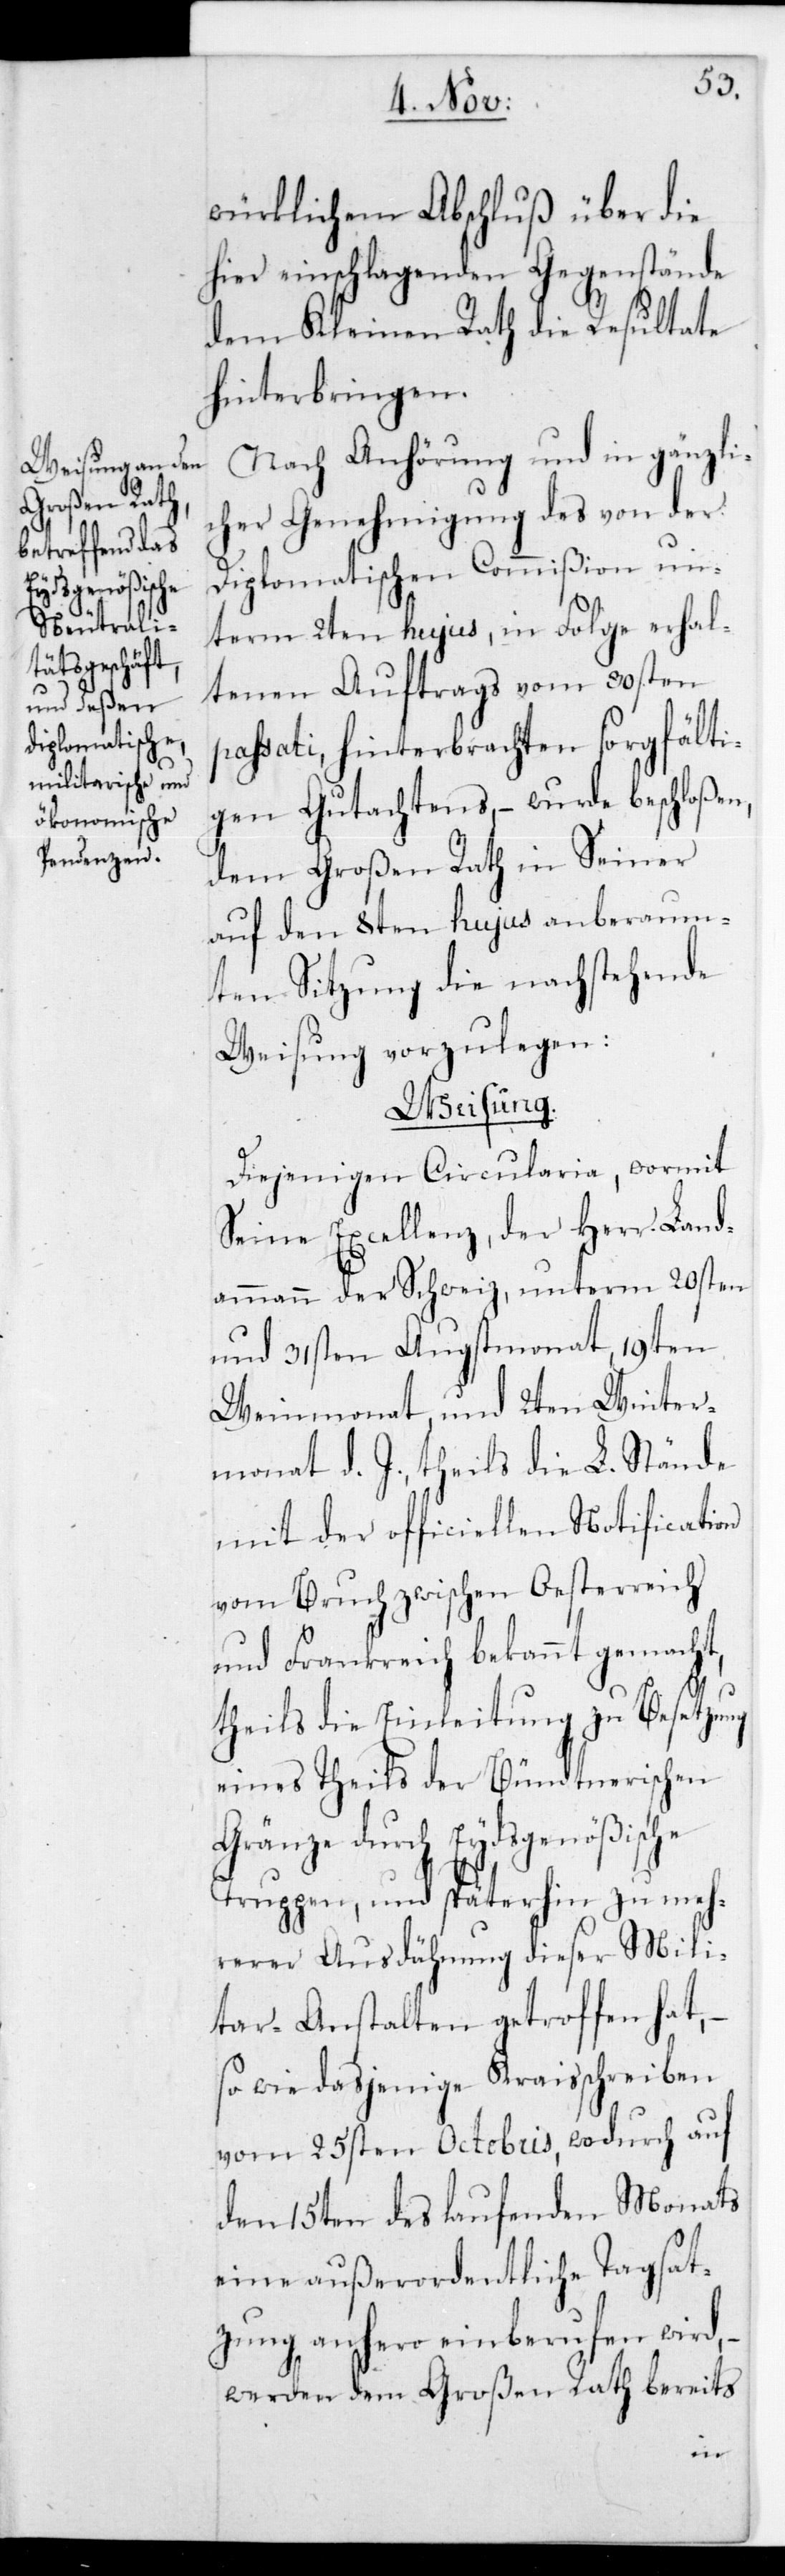
würklichem Abschluß über die
hier einschlagenden Gegenstände
dem Kleinen Rath die Resultate
hinterbringen.
Nach Anhörung und in gänzli¬
cher Genehmigung des von der
Diplomatischen Commißion un¬
term 2ten hujus in Folge erhal¬
tenen Auftrags vom 30sten
passati, hinterbrachten sorgfälti¬
gen Gutachtens, – wurde beschloßen,
dem Großen Rath in Seiner
auf den 8ten hujus anberaum¬
ten Sitzung die nachstehende
Weisung vorzulegen:
Weisung.
Diejenigen Circularia, wormit
Seine Excellenz, der Herr Land¬
ammann der Schweiz, unterm 20sten
und 31sten Augstmonat, 19ten
Weinmonat und 2ten Winter¬
monat d. J., theils die L. Stände
mit der officiellen Notification
vom Bruch zwischen Oesterreich
und Frankreich bekannt gemacht,
theils die Einleitung zu Besetzung
eines Theils der Bündtnerischen
Gränze durch Eydsgenößische
Truppen, und späterhin zu meh¬
rerer Ausdähnung dieser Mili¬
tar-Anstalten getroffen hat,
so wie dasjenige Kraisschreiben
vom 25sten Octobris, wodurch auf
den 15ten des laufenden Monats
eine außerordentliche Tagsat¬
zung anhero einberufen wird,
werden dem Großen Rath bereits